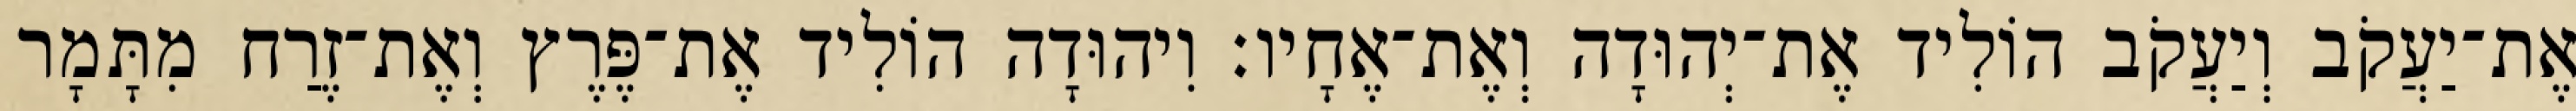
אֶת־יַעֲקֹב וְיַעֲקֹב הוֹלִיד אֶת־יְהוּדָה וְאֶת־אֶחָיו׃ וִיהוּדָה הוֹלִיד אֶת־פֶּרֶץ וְאֶת־זֶרַח מִתָּמָר